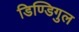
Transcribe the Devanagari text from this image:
डिण्डिगुल